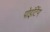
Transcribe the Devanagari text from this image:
पोइंटिंग